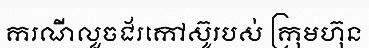
ករណីលួចជ័រកៅស៊ូរបស់ ក្រុមហ៊ុន